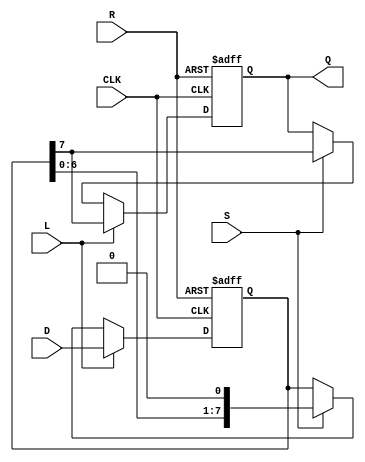
module PISO_Register #(
    parameter WIDTH = 8  // Parameter for the width of the data input/output
)(
    input  wire [WIDTH-1:0] D,  // Data inputs
    input  wire L,               // Load control signal
    input  wire S,               // Shift control signal
    input  wire CLK,             // Clock signal
    input  wire R,               // Asynchronous reset signal
    output reg  Q                // Serial output
);

    // Internal register to hold data
    reg [WIDTH-1:0] R_reg;

    // Process for loading and shifting data
    always @(posedge CLK or posedge R) begin
        if (R) begin
            // Asynchronous reset
            R_reg <= {WIDTH{1'b0}}; // Clear register to zero
            Q <= 1'b0;              // Clear output
        end else if (L) begin
            // Load data from parallel input
            R_reg <= D;
            Q <= R_reg[WIDTH-1];    // Output the MSB upon loading
        end else if (S) begin
            // Shift data out
            Q <= R_reg[WIDTH-1];     // Output the MSB
            R_reg <= {R_reg[WIDTH-2:0], 1'b0}; // Shift left and fill with 0
        end
    end

endmodule